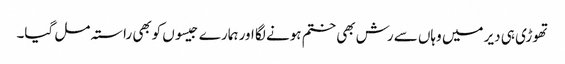
تھوڑی ہی دیر میں وہاں سے رش بھی ختم ہونے لگا اور ہمارے جیسوں کوبھی راستہ مل گیا۔